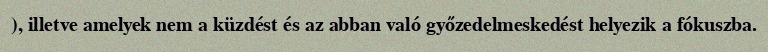
), illetve amelyek nem a küzdést és az abban való győzedelmeskedést helyezik a fókuszba.